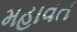
મહાવત